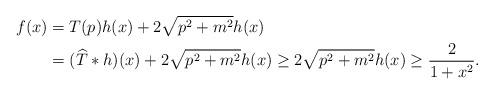
LaTeX: \begin{align*} f(x) & = T(p)h(x) + 2\sqrt{p^2+m^2}h(x) \\ & = (\widehat{T}*h)(x) + 2\sqrt{p^2+m^2}h(x) \geq 2\sqrt{p^2+m^2}h(x) \geq \frac{2}{1+x^2}.\end{align*}